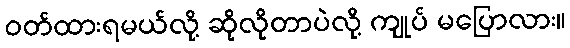
ဝတ်ထားရမယ်လို့ ဆိုလိုတာပဲလို့ ကျုပ် မပြောလား။